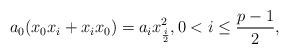
LaTeX: \begin{align*}a_0(x_0x_i + x_i x_0) = a_i x_{\frac{i}{2}}^2, 0 < i \leq \frac{p-1}{2},\end{align*}